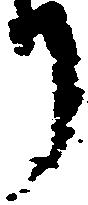
り